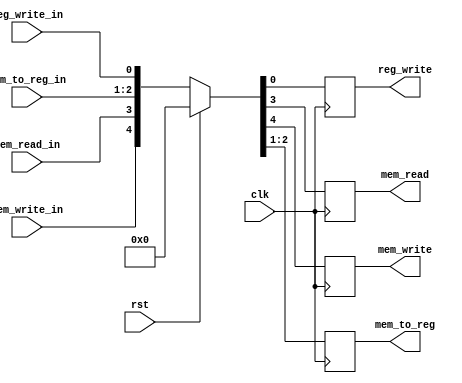
module EXMEM_ctrl(clk,
                  rst,
                  mem_write_in,
                  mem_read_in,
                  mem_to_reg_in,
                  reg_write_in,
                  mem_write,
                  mem_read,
                  mem_to_reg,
                  reg_write);
    input clk, rst;
    input reg_write_in;
    input mem_read_in, mem_write_in;
    input [1:0] mem_to_reg_in;
    
    output reg reg_write;
    output reg mem_read, mem_write;
    output reg [1:0] mem_to_reg;
    
    always @(posedge clk) begin
        if (rst)
            {mem_write, mem_read, mem_to_reg, reg_write} <= {1'b0, 1'b0, 2'b00, 1'b0};
        else
            {mem_write, mem_read, mem_to_reg, reg_write} <= {mem_write_in, mem_read_in, mem_to_reg_in, reg_write_in};
    end
endmodule
    
module EXMEM_datas(clk, rst, adder1, zero, alu_result, mux3_out, mux5_out, adder1_out, zero_out, alu_result_out, mux3_out_out, mux5_out_out);
    input clk, rst;
    input [31:0] adder1;
    input zero;
    input [31:0] alu_result, mux3_out;
    input [4:0] mux5_out;
        
    output reg [31:0] adder1_out;
    output reg zero_out;
    output reg [31:0] alu_result_out, mux3_out_out;
    output reg [4:0] mux5_out_out;
        
    always @(posedge clk) begin
        if (rst)
            {adder1_out, zero_out, alu_result_out, mux3_out_out, mux5_out_out} <= {32'b0, 1'b0, 32'b0, 32'b0, 5'b0};
        else
            {adder1_out, zero_out, alu_result_out, mux3_out_out, mux5_out_out} <= {adder1, zero, alu_result, mux3_out, mux5_out};
    end
endmodule